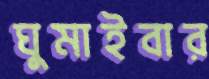
ঘুমাইবার